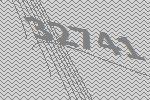
32741